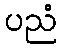
ပညံ